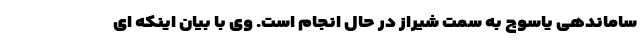
ساماندهی یاسوج به سمت شیراز در حال انجام است. وی با بیان اینکه ای